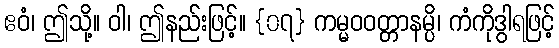
ဧဝံ၊ ဤသို့။ ဝါ၊ ဤနည်းဖြင့်။ {၀၇} ကမ္မဝဝတ္တာနမ္ပိ၊ ကံကိုဒွါရဖြင့်